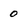
Character: 0